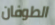
الطوفان